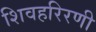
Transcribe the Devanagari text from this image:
शिवहरिरणी